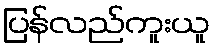
ပြန်လည်ကူးယူ